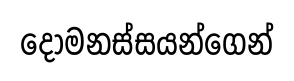
දෝමනස්සයන්ගෙන්